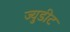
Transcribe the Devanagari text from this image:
ज्युडीट